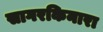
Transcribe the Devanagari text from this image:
सागरकिनारा